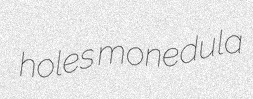
holes monedula